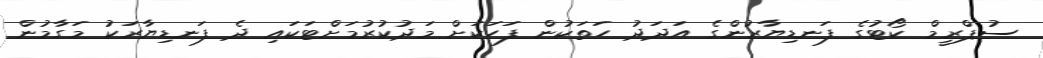
ސުޕްރީމް ކޯޓުގެ ފަނޑިޔާރުންގެ އަދަދު ހަތަކުން ފަހަކަށް މަދުކުރުމަށްޓަކައި ދެ ފަނޑިޔާރަކު މަގާމުން